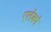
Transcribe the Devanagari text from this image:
एलेंको